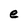
Character: e